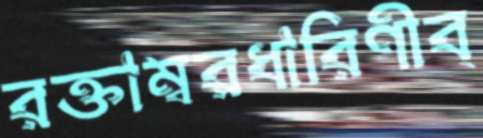
রক্তাম্বরধারিণীব্